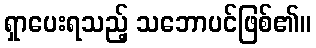
ရှာပေးရသည့် သဘောပင်ဖြစ်၏။